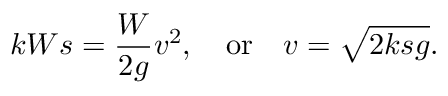
k W s = { \frac { W } { 2 g } } v ^ { 2 } , \quad { \mathrm { o r } } \quad v = { \sqrt { 2 k s g } } .